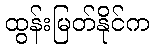
ထွန်းမြတ်နိုင်က